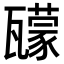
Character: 𤮠